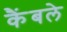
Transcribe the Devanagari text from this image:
कैंबले